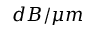
d B / \mu m